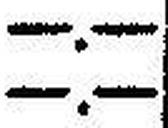
—.—